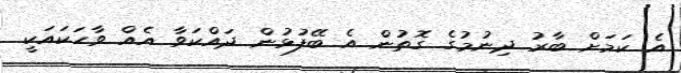
އެ ކަމަށް ބާރު ދިނުމުގެ ގޮތުން އެ ބޭފުޅުން ދައްކަވާ އެއް ވާހަކައަކީ